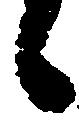
候